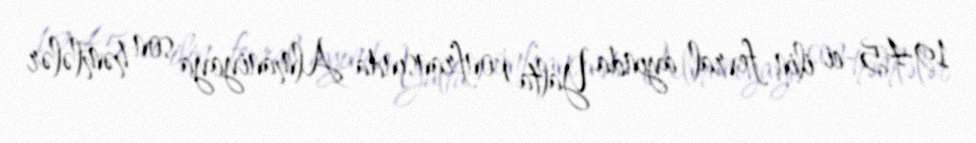
1945-ci ilin fevral ayında Yalta konfransında Almaniyaya son həmlələr